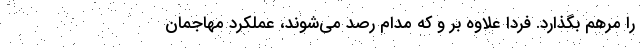
را مرهم بگذارد. فردا علاوه بر و که مدام رصد می‌شوند، عملکرد مهاجمان